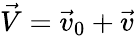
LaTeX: \vec{V}=\vec{v}_{0}+\vec{v}